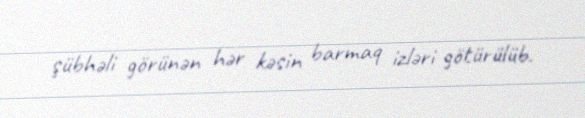
şübhəli görünən hər kəsin barmaq izləri götürülüb.